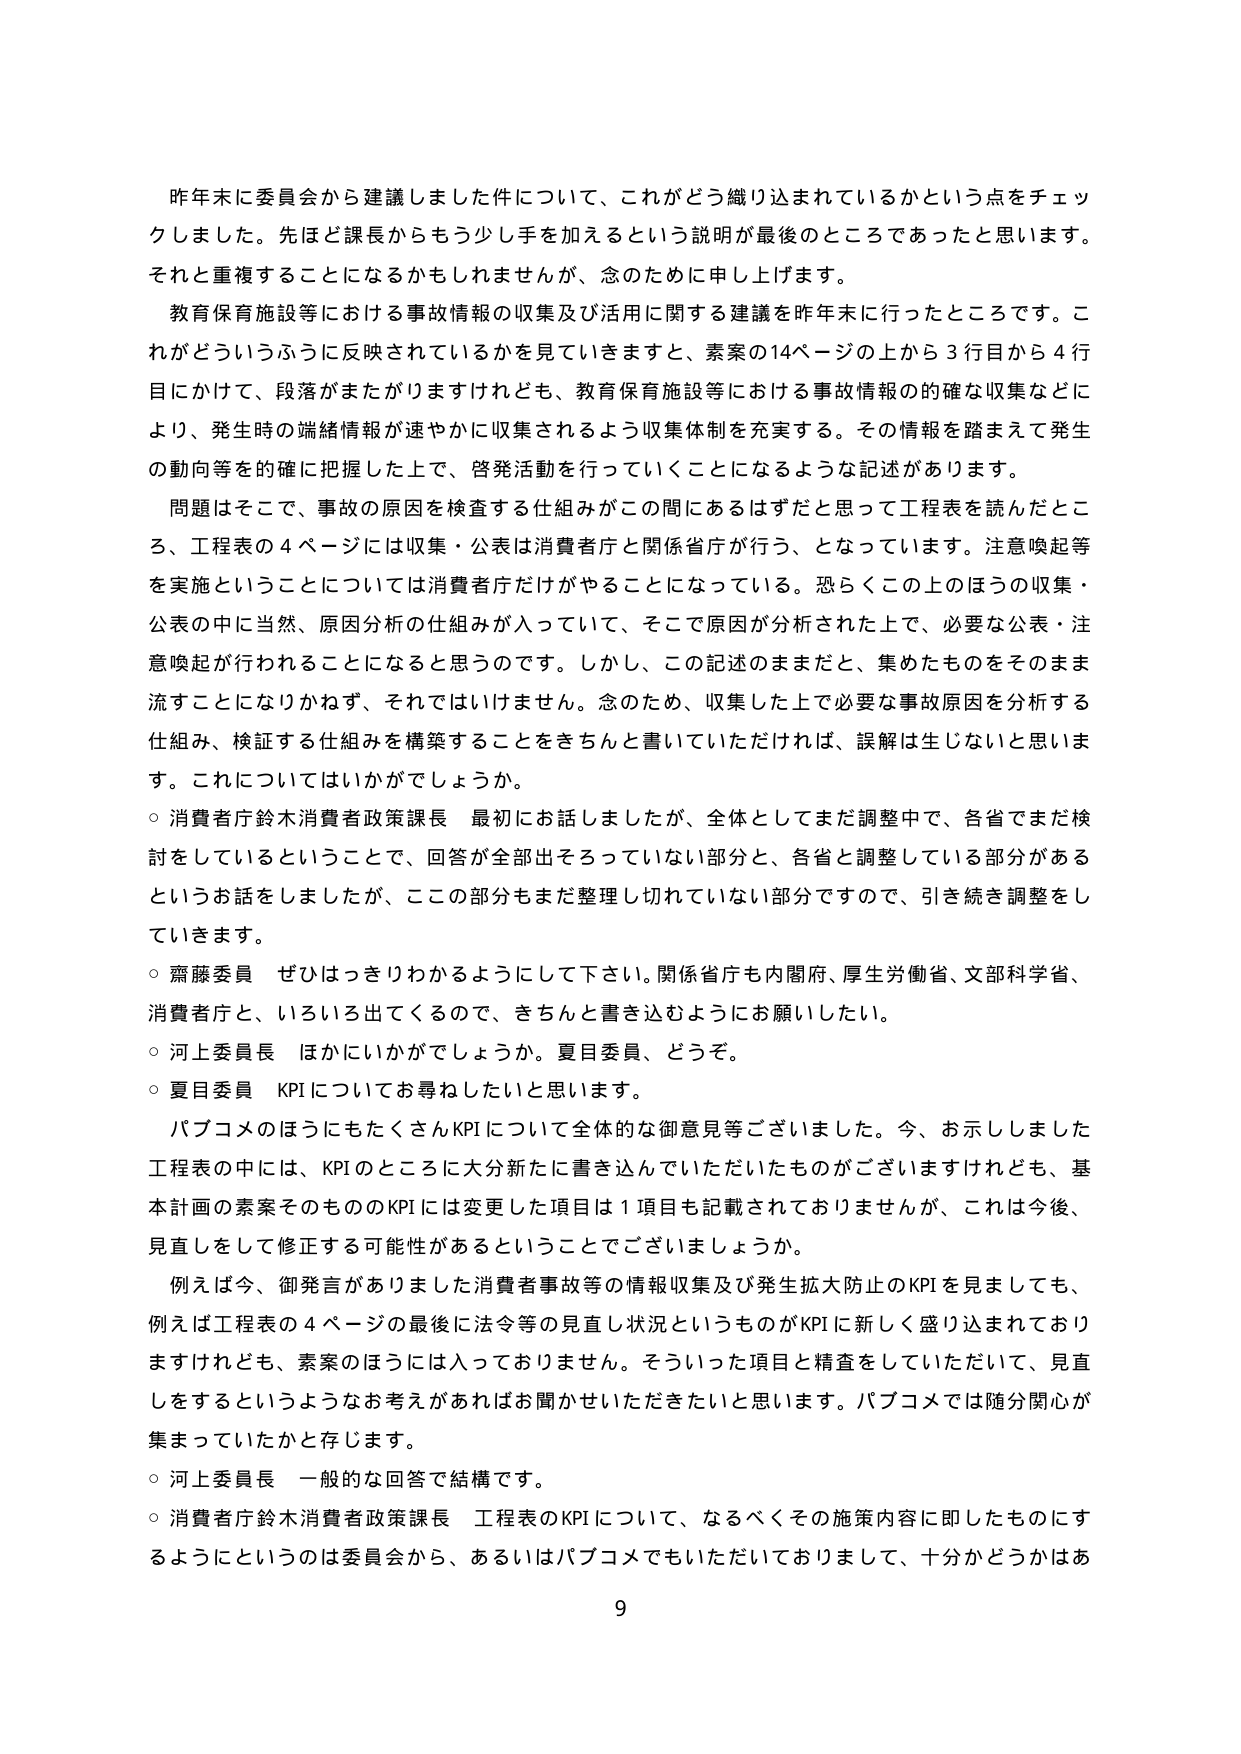
昨年末に委員会から建議しました件について、これがどう織り込まれているかという点をチェックしました。先ほど課長からもう少し手を加えるという説明が最後のところであったと思います。それと重複することになるかもしれませんが、念のために申し上げます。

教育保育施設等における事故情報の収集及び活用に関する建議を昨年末に行ったところです。これがどういうふうに反映されているかを見ていくと、素案の14ページの上から3行目から4行目にかけて、段落がまたがりますけれども、教育保育施設等における事故情報の的確な収集などにより、発生時の端緒情報が速やかに収集されるよう収集体制を充実する。その情報を踏まえて発生の動向等を的確に把握した上で、啓発活動を行っていくことになるような記述があります。

問題はそこで、事故の原因を検査する仕組みがこの間にあるはずだと思って工程表を読んだところ、工程表の4ページには収集・公表は消費者庁と関係省庁が行う、となっています。注意喚起等を実施ということについては消費者庁だけがやることになっている。恐らくこの上のほうの収集・公表の中に当然、原因分析の仕組みが入っていて、そこで原因が分析された上で、必要な公表・注意喚起が行われることになると思うのです。しかし、この記述のままだと、集めたものをそのまま流すことになりかねず、それではいけません。念のため、収集した上で必要な事故原因を分析する仕組み、検証する仕組みを構築することをきちんと書いていただければ、誤解は生じないと思います。これについてはいかがでしょうか。

○ 消費者庁鈴木消費者政策課長 最初にお話しましたが、全体としてまだ調整中で、各省でまだ検討をしているということで、回答が全部出そろっていない部分と、各省と調整している部分があるというお話をしましたが、ここの部分もまだ整理し切れていない部分ですので、引き続き調整をしていきます。

○ 齋藤委員 ぜひはっきりわかるようにして下さい。関係省庁も内閣府、厚生労働省、文部科学省、消費者庁と、いろいろ出てくるので、きちんと書き込むようにお願いしたい。

○ 河上委員長 ほかにいかがでしょうか。夏目委員、どうぞ。

○ 夏目委員 KPIについてお尋ねしたいと思います。

パブコメのほうにもたくさんKPIについて全体的な御意見等ございました。今、お示ししました工程表の中には、KPIのところに大分新たに書き込んでいただいたものがございますけれども、基本計画の素案そのもののKPIには変更した項目は1項目も記載されておりませんが、これは今後、見直しをして修正する可能性があるということでございますでしょうか。

例えば今、御発言がありました消費者事故等の情報収集及び発生拡大防止のKPIを見ましても、例えば工程表の4ページの最後に法令等の見直し状況というものがKPIに新しく盛り込まれておりますけれども、素案のほうには入っておりません。そういった項目と精査をしていただいて、見直しをするというようなお考えがあればお聞かせいただきたいと思います。パブコメでは随分関心が集まっていたかと存じます。

○ 河上委員長 一般的な回答で結構です。

○ 消費者庁鈴木消費者政策課長 工程表のKPIについて、なるべくその施策内容に即したものにするようにというのは委員会から、あるいはパブコメでもいただいておりまして、十分かどうかはあ

9